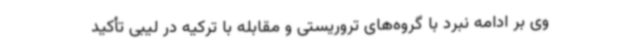
وی بر ادامه نبرد با گروه‌های تروریستی و مقابله با ترکیه در لیبی تأکید